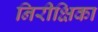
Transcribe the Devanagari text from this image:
निरीक्षिका